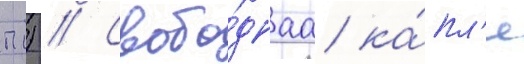
П.) // Свобо́днаа ка́пл'я